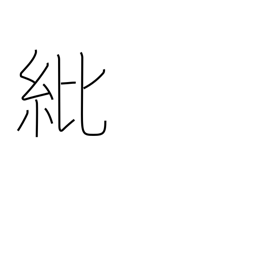
Meaning: decoration